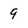
Character: 9